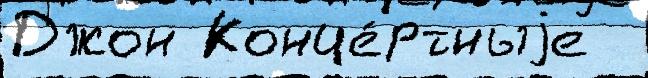
Джон Конце́ртныjе